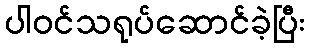
ပါဝင်သရုပ်ဆောင်ခဲ့ပြီး